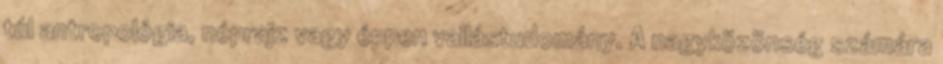
túl antropológia, néprajz vagy éppen vallástudomány. A nagyközönség számára